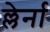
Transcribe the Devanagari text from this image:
ल्लेर्ना